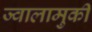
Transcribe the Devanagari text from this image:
ज्वालामुकी